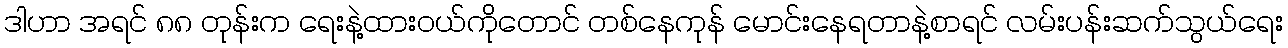
ဒါဟာ အရင် ၈၈ တုန်းက ရေးနဲ့ထားဝယ်ကိုတောင် တစ်နေကုန် မောင်းနေရတာနဲ့စာရင် လမ်းပန်းဆက်သွယ်ရေး